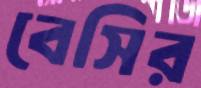
বেসির